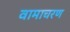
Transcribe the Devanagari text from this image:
वामाचरण